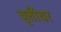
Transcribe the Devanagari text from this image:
वृत्तींवर